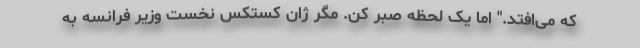
که می‌افتد." اما یک لحظه صبر کن. مگر ژان کستکس نخست وزیر فرانسه به